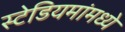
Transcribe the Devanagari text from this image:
स्टेडियमांमध्ये